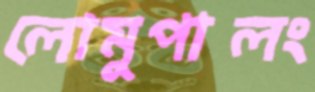
লোমুপালং